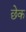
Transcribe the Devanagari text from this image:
छेक